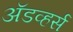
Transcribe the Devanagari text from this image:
अॅडव्हर्स